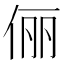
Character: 俪